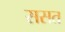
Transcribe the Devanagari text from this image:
ससत